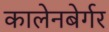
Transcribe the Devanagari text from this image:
कालेनबेर्गर